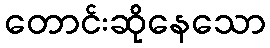
တောင်းဆိုနေသော